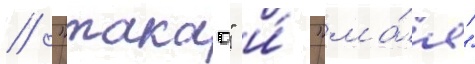
// "такао" и́ "ма́я"